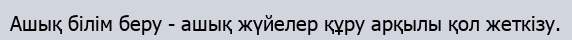
Ашық білім беру - ашық жүйелер құру арқылы қол жеткізу.